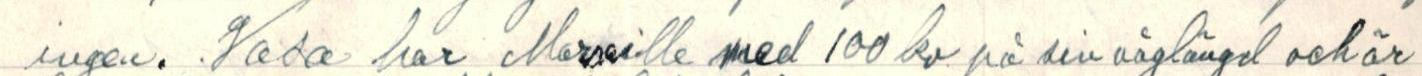
ingen. Vasa har Marseille med 100 kv på sin våglängd och är